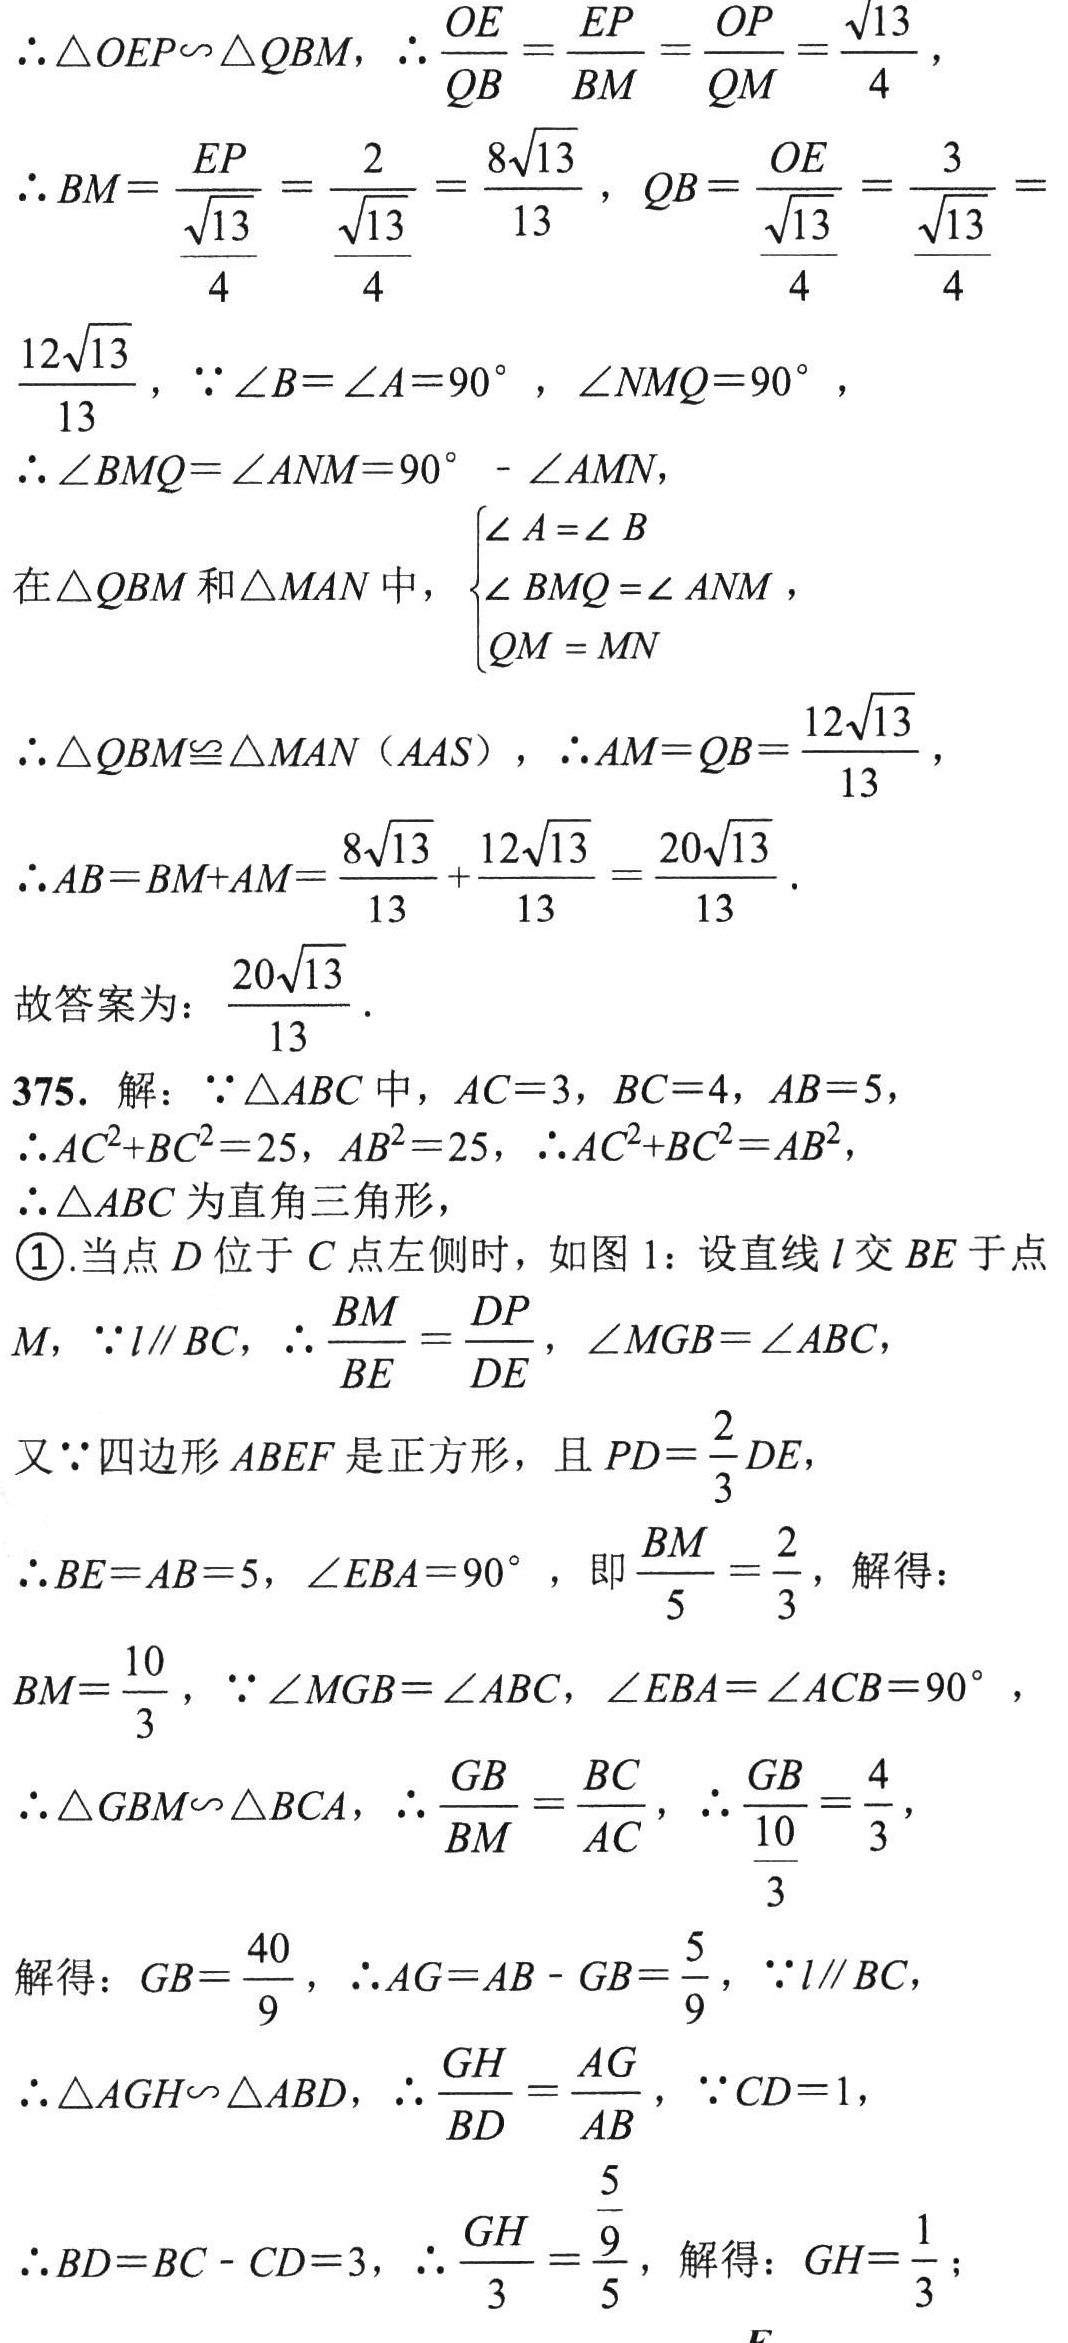
\(\therefore\triangle OEP\backsim\triangle QBM\)，\(\therefore\frac{OE}{QB}=\frac{EP}{BM}=\frac{OP}{QM}=\frac{\sqrt{13}}{4}\)，
\(\therefore BM = \frac{EP}{\frac{\sqrt{13}}{4}}=\frac{2}{\frac{\sqrt{13}}{4}}=\frac{8\sqrt{13}}{13}\)，\(QB = \frac{OE}{\frac{\sqrt{13}}{4}}=\frac{3}{\frac{\sqrt{13}}{4}}=\frac{12\sqrt{13}}{13}\)，\(\because\angle B=\angle A = 90^{\circ}\)，\(\angle NMQ = 90^{\circ}\)，
\(\therefore\angle BMQ=\angle ANM = 90^{\circ}-\angle AMN\)，
在\(\triangle QBM\)和\(\triangle MAN\)中，\(\begin{cases}\angle A=\angle B\\\angle BMQ=\angle ANM\\QM = MN\end{cases}\)，
\(\therefore\triangle QBM\cong\triangle MAN(AAS)\)，\(\therefore AM = QB=\frac{12\sqrt{13}}{13}\)，
\(\therefore AB=BM + AM=\frac{8\sqrt{13}}{13}+\frac{12\sqrt{13}}{13}=\frac{20\sqrt{13}}{13}\)．
故答案为：\(\frac{20\sqrt{13}}{13}\)．
375. 解：\(\because\triangle ABC\)中，\(AC = 3\)，\(BC = 4\)，\(AB = 5\)，
\(\therefore AC^{2}+BC^{2}=25\)，\(AB^{2}=25\)，\(\therefore AC^{2}+BC^{2}=AB^{2}\)，
\(\therefore\triangle ABC\)为直角三角形，
\textcircled{1}.当点\(D\)位于\(C\)点左侧时，如图1：设直线\(l\)交\(BE\)于点\(M\)，\(\because l\parallel BC\)，\(\therefore\frac{BM}{BE}=\frac{DP}{DE}\)，\(\angle MGB=\angle ABC\)，
又\(\because\)四边形\(ABEF\)是正方形，且\(PD=\frac{2}{3}DE\)，
\(\therefore BE = AB = 5\)，\(\angle EBA = 90^{\circ}\)，即\(\frac{BM}{5}=\frac{2}{3}\)，解得：
\(BM=\frac{10}{3}\)，\(\because\angle MGB=\angle ABC\)，\(\angle EBA=\angle ACB = 90^{\circ}\)，
\(\therefore\triangle GBM\backsim\triangle BCA\)，\(\therefore\frac{GB}{BM}=\frac{BC}{AC}\)，\(\therefore\frac{GB}{\frac{10}{3}}=\frac{4}{3}\)，
解得：\(GB=\frac{40}{9}\)，\(\therefore AG=AB - GB=\frac{5}{9}\)，\(\because l\parallel BC\)，
\(\therefore\triangle AGH\backsim\triangle ABD\)，\(\therefore\frac{GH}{BD}=\frac{AG}{AB}\)，\(\because CD = 1\)，
\(\therefore BD=BC - CD = 3\)，\(\therefore\frac{GH}{3}=\frac{\frac{5}{9}}{5}\)，解得：\(GH=\frac{1}{3}\)；